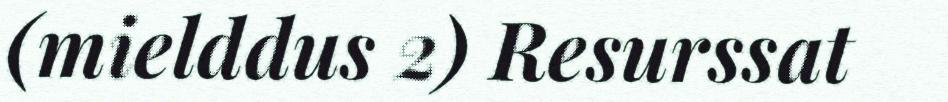
(mielddus 2) Resurssat